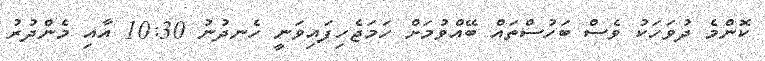
ކޮންމެ ދުވަހަކު ވެސް ބަހުސްތައް ބޭއްވުމަށް ހަމަޖެހިފައިވަނީ ހެނދުނު 10:30 އާއި މެންދުރު